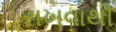
રાખવાથી